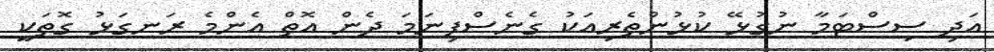
އަދި ސިސްޓަމާ ނުގުޅޭ ކުޅުންތެރިއަކު ގެނެސްފިނަމަ ދެން އޮތް އެންމެ ރަނގަޅު ގޮތަކީ